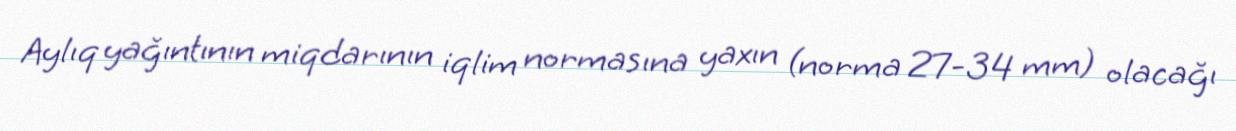
Aylıq yağıntının miqdarının iqlim normasına yaxın (norma 27-34 mm) olacağı